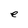
Character: e